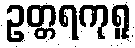
ဥတ္တရကုရူ